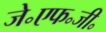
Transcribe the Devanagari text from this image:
जे॰एफ॰जी॰